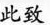
此致